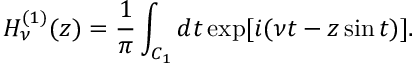
H _ { \nu } ^ { ( 1 ) } ( z ) = \frac { 1 } { \pi } \int _ { C _ { 1 } } d t \exp [ i ( \nu t - z \sin t ) ] .